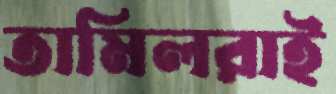
তামিলরাই